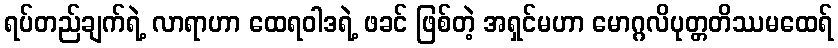
ရပ်တည်ချက်ရဲ့ လာရာဟာ ထေရဝါဒရဲ့ ဖခင် ဖြစ်တဲ့ အရှင်မဟာ မောဂ္ဂလိပုတ္တတိဿမထေရ်